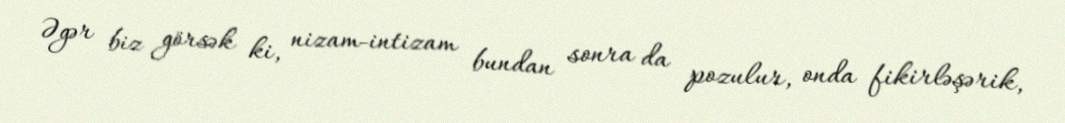
Əgər biz görsək ki, nizam-intizam bundan sonra da pozulur, onda fikirləşərik,